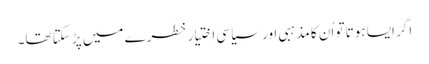
‏ اگر ایسا ہوتا تو اُن کا مذہبی اور سیاسی اِختیار خطرے میں پڑ سکتا تھا۔